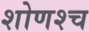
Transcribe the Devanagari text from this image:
शोणश्च